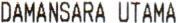
DAMANSARA UTAMA